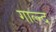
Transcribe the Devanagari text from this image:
गाल्न्द